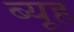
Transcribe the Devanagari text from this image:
ब्यूह